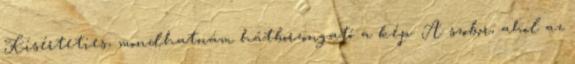
Kísérteties, mondhatnám hátborzongató a kép. A szobor, ahol az